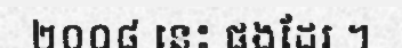
២០០៨ នេះ ផងដែរ ។